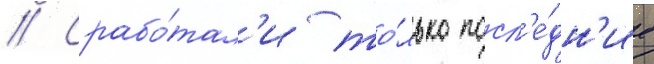
// Срабо́тал'и то́лько посл'е́дн'ие